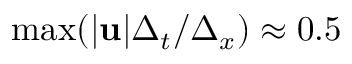
\operatorname* { m a x } ( | \mathbf { u } | \Delta _ { t } / \Delta _ { x } ) \approx 0 . 5